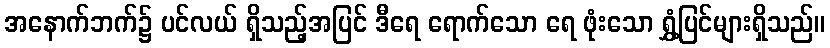
အနောက်ဘက်၌ ပင်လယ် ရှိသည့်အပြင် ဒီရေ ရောက်သော ရေ ဖုံးသော ရွှံ့ပြင်များရှိသည်။